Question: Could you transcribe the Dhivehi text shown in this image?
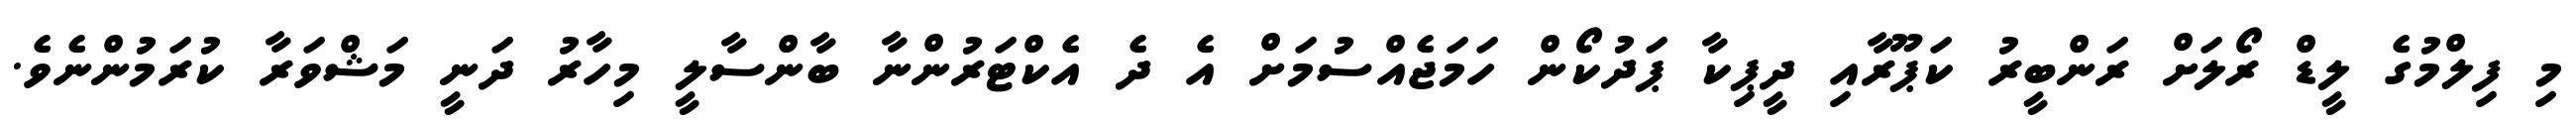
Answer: މި ފިލްމުގެ ލީޑް ރޯލަށް ރަންބީރު ކަޕޫރާއި ދީޕިކާ ޕަދުކޯން ހަމަޖެއްސުމަށް އެ ދެ އެކްޓަރުންނާ ބާންސާލީ މިހާރު ދަނީ މަޝްވަރާ ކުރަމުންނެވެ.